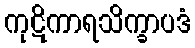
ကုဋိကာရသိက္ခာပဒံ